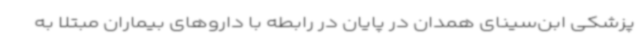
پزشکی ابن‌سینای همدان در پایان در رابطه با داروهای بیماران مبتلا به